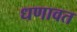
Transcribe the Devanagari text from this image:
धणावत